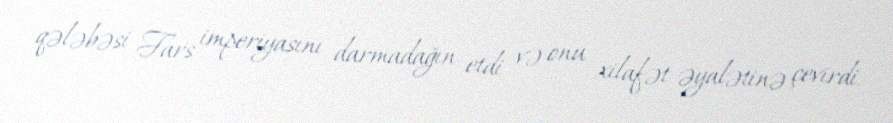
qələbəsi Fars imperiyasını darmadağın etdi və onu xilafət əyalətinə çevirdi.